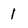
Character: 1